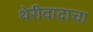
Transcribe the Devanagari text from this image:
थेरीवादाचा